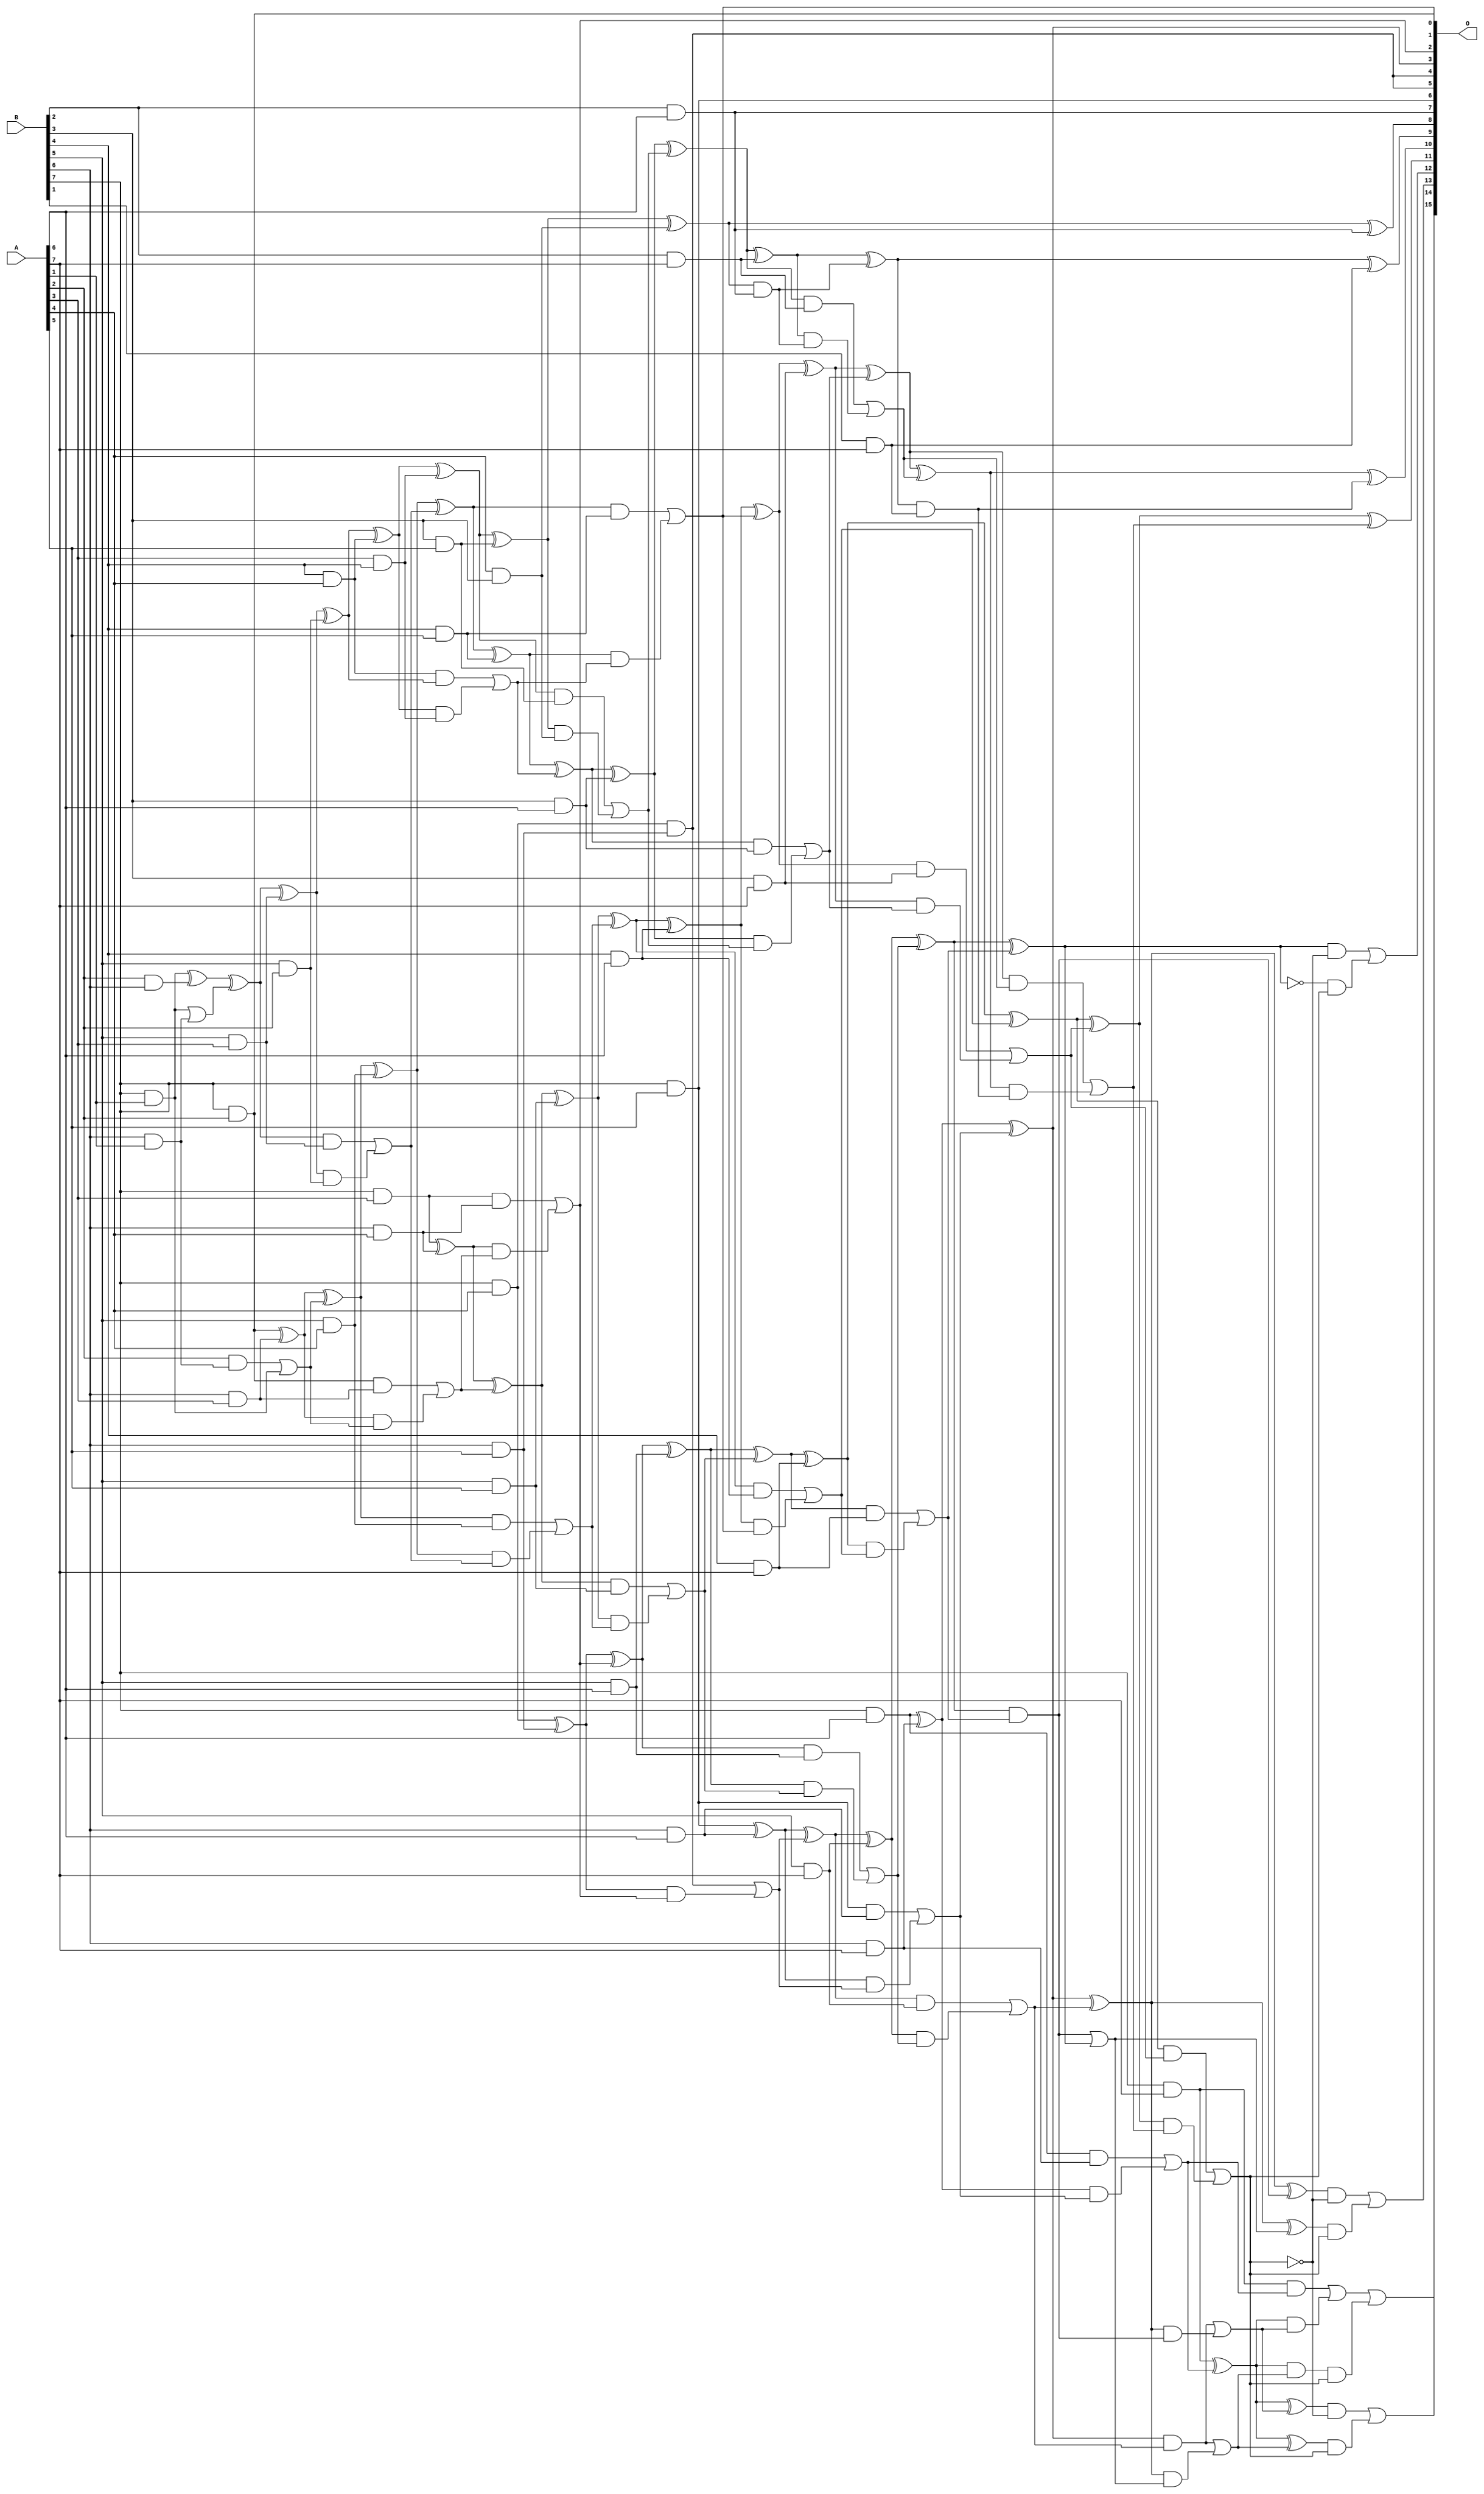
/***
* This code is a part of EvoApproxLib library (ehw.fit.vutbr.cz/approxlib) distributed under The MIT License.
* When used, please cite the following article(s): PRABAKARAN B. S., MRAZEK V., VASICEK Z., SEKANINA L., SHAFIQUE M. ApproxFPGAs: Embracing ASIC-based Approximate Arithmetic Components for FPGA-Based Systems. DAC 2020. 
***/
// MAE% = 0.22 %
// MAE = 147 
// WCE% = 0.94 %
// WCE = 614 
// WCRE% = 100.00 %
// EP% = 98.64 %
// MRE% = 4.98 %
// MSE = 33225 
// FPGA_POWER = 0.81
// FPGA_DELAY = 9.6
// FPGA_LUT = 42

module mul8u_18VP (
    A,
    B,
    O
);

input [7:0] A;
input [7:0] B;
output [15:0] O;

wire sig_23,sig_30,sig_42,sig_45,sig_51,sig_53,sig_82,sig_84,sig_85,sig_87,sig_88,sig_94,sig_95,sig_96,sig_118,sig_122,sig_123,sig_124,sig_125,sig_126;
wire sig_127,sig_128,sig_129,sig_130,sig_131,sig_135,sig_136,sig_137,sig_138,sig_139,sig_158,sig_160,sig_162,sig_163,sig_164,sig_165,sig_166,sig_167,sig_168,sig_169;
wire sig_170,sig_171,sig_172,sig_173,sig_174,sig_178,sig_179,sig_180,sig_181,sig_182,sig_198,sig_199,sig_200,sig_201,sig_202,sig_203,sig_204,sig_205,sig_206,sig_207;
wire sig_208,sig_209,sig_210,sig_211,sig_212,sig_213,sig_214,sig_215,sig_216,sig_217,sig_220,sig_221,sig_222,sig_223,sig_224,sig_225,sig_236,sig_237,sig_241,sig_242;
wire sig_243,sig_244,sig_245,sig_246,sig_247,sig_248,sig_249,sig_250,sig_251,sig_252,sig_253,sig_254,sig_255,sig_256,sig_257,sig_258,sig_259,sig_260,sig_263,sig_264;
wire sig_265,sig_266,sig_267,sig_268,sig_275,sig_279,sig_280,sig_281,sig_282,sig_283,sig_284,sig_285,sig_286,sig_287,sig_288,sig_289,sig_290,sig_291,sig_292,sig_293;
wire sig_294,sig_295,sig_296,sig_297,sig_298,sig_299,sig_300,sig_301,sig_302,sig_303,sig_306,sig_308,sig_311,sig_312,sig_313,sig_314,sig_315,sig_316,sig_317,sig_318;
wire sig_319,sig_320,sig_322,sig_323,sig_324,sig_325,sig_326,sig_327,sig_328,sig_329,sig_330,sig_331,sig_332,sig_333,sig_334,sig_335,sig_336,sig_339,sig_340,sig_341;
wire sig_344,sig_345,sig_348,sig_349,sig_350,sig_351,sig_352,sig_353,sig_354,sig_355,sig_356,sig_357,sig_358,sig_361,sig_362;

assign sig_23 = B[7] & A[1];
assign sig_30 = B[6] & A[1];
assign sig_42 = A[1] & B[7];
assign sig_45 = sig_23 | sig_30;
assign sig_51 = B[5] & A[2];
assign sig_53 = B[7] & A[2];
assign sig_82 = A[2] & B[6];
assign sig_84 = sig_42 ^ sig_82;
assign sig_85 = A[2] & sig_30;
assign sig_87 = sig_84 ^ sig_45;
assign sig_88 = sig_85 | sig_42;
assign sig_94 = B[5] & A[3];
assign sig_95 = B[6] & A[3];
assign sig_96 = B[7] & A[3];
assign sig_118 = A[3] & B[4];
assign sig_122 = sig_87 ^ sig_94;
assign sig_123 = sig_87 & sig_94;
assign sig_124 = sig_122 & sig_51;
assign sig_125 = sig_122 ^ sig_51;
assign sig_126 = sig_123 | sig_124;
assign sig_127 = sig_53 ^ sig_95;
assign sig_128 = sig_53 & sig_95;
assign sig_129 = sig_127 & sig_88;
assign sig_130 = sig_127 ^ sig_88;
assign sig_131 = sig_128 | sig_129;
assign sig_135 = A[4] & B[3];
assign sig_136 = B[4] & A[4];
assign sig_137 = B[5] & A[4];
assign sig_138 = B[6] & A[4];
assign sig_139 = B[7] & A[4];
assign sig_158 = sig_136 & sig_125;
assign sig_160 = sig_125 ^ sig_136;
assign sig_162 = sig_160 & sig_118;
assign sig_163 = sig_160 ^ sig_118;
assign sig_164 = sig_158 | sig_162;
assign sig_165 = sig_130 ^ sig_137;
assign sig_166 = sig_130 & sig_137;
assign sig_167 = sig_165 & sig_126;
assign sig_168 = sig_165 ^ sig_126;
assign sig_169 = sig_166 | sig_167;
assign sig_170 = sig_96 ^ sig_138;
assign sig_171 = sig_96 & sig_138;
assign sig_172 = sig_170 & sig_131;
assign sig_173 = sig_170 ^ sig_131;
assign sig_174 = sig_171 | sig_172;
assign sig_178 = B[3] & A[5];
assign sig_179 = B[4] & A[5];
assign sig_180 = B[5] & A[5];
assign sig_181 = B[6] & A[5];
assign sig_182 = B[7] & A[5];
assign sig_198 = sig_163 ^ sig_178;
assign sig_199 = sig_163 & sig_178;
assign sig_200 = sig_198 & sig_135;
assign sig_201 = sig_198 ^ sig_135;
assign sig_202 = sig_199 | sig_200;
assign sig_203 = sig_168 ^ sig_179;
assign sig_204 = sig_168 & sig_179;
assign sig_205 = sig_203 & sig_164;
assign sig_206 = sig_203 ^ sig_164;
assign sig_207 = sig_204 | sig_205;
assign sig_208 = sig_173 ^ sig_180;
assign sig_209 = sig_173 & sig_180;
assign sig_210 = sig_208 & sig_169;
assign sig_211 = sig_208 ^ sig_169;
assign sig_212 = sig_209 | sig_210;
assign sig_213 = sig_139 ^ sig_181;
assign sig_214 = sig_139 & sig_181;
assign sig_215 = sig_213 & sig_174;
assign sig_216 = sig_213 ^ sig_174;
assign sig_217 = sig_214 | sig_215;
assign sig_220 = B[2] & A[6];
assign sig_221 = B[3] & A[6];
assign sig_222 = B[4] & A[6];
assign sig_223 = B[5] & A[6];
assign sig_224 = B[6] & A[6];
assign sig_225 = B[7] & A[6];
assign sig_236 = sig_201 ^ sig_220;
assign sig_237 = sig_201 & sig_220;
assign sig_241 = sig_206 ^ sig_221;
assign sig_242 = sig_206 & sig_221;
assign sig_243 = sig_241 & sig_202;
assign sig_244 = sig_241 ^ sig_202;
assign sig_245 = sig_242 | sig_243;
assign sig_246 = sig_211 ^ sig_222;
assign sig_247 = sig_211 & sig_222;
assign sig_248 = sig_246 & sig_207;
assign sig_249 = sig_246 ^ sig_207;
assign sig_250 = sig_247 | sig_248;
assign sig_251 = sig_216 ^ sig_223;
assign sig_252 = sig_216 & sig_223;
assign sig_253 = sig_251 & sig_212;
assign sig_254 = sig_251 ^ sig_212;
assign sig_255 = sig_252 | sig_253;
assign sig_256 = sig_182 ^ sig_224;
assign sig_257 = sig_182 & sig_224;
assign sig_258 = sig_256 & sig_217;
assign sig_259 = sig_256 ^ sig_217;
assign sig_260 = sig_257 | sig_258;
assign sig_263 = B[2] & A[7];
assign sig_264 = B[3] & A[7];
assign sig_265 = B[4] & A[7];
assign sig_266 = B[5] & A[7];
assign sig_267 = B[6] & A[7];
assign sig_268 = B[7] & A[7];
assign sig_275 = B[1] & A[7];
assign sig_279 = sig_244 ^ sig_263;
assign sig_280 = sig_244 & sig_263;
assign sig_281 = sig_279 & sig_237;
assign sig_282 = sig_279 ^ sig_237;
assign sig_283 = sig_280 | sig_281;
assign sig_284 = sig_249 ^ sig_264;
assign sig_285 = sig_249 & sig_264;
assign sig_286 = sig_284 & sig_245;
assign sig_287 = sig_284 ^ sig_245;
assign sig_288 = sig_285 | sig_286;
assign sig_289 = sig_254 ^ sig_265;
assign sig_290 = sig_254 & sig_265;
assign sig_291 = sig_289 & sig_250;
assign sig_292 = sig_289 ^ sig_250;
assign sig_293 = sig_290 | sig_291;
assign sig_294 = sig_259 ^ sig_266;
assign sig_295 = sig_259 & sig_266;
assign sig_296 = sig_294 & sig_255;
assign sig_297 = sig_294 ^ sig_255;
assign sig_298 = sig_295 | sig_296;
assign sig_299 = sig_225 ^ sig_267;
assign sig_300 = sig_225 & sig_267;
assign sig_301 = sig_299 & sig_260;
assign sig_302 = sig_299 ^ sig_260;
assign sig_303 = sig_300 | sig_301;
assign sig_306 = sig_282 ^ sig_275;
assign sig_308 = sig_282 & sig_275;
assign sig_311 = sig_287 ^ sig_283;
assign sig_312 = sig_287 & sig_283;
assign sig_313 = sig_311 & sig_308;
assign sig_314 = sig_311 ^ sig_308;
assign sig_315 = sig_312 | sig_313;
assign sig_316 = sig_292 ^ sig_288;
assign sig_317 = sig_292 & sig_288;
assign sig_318 = sig_316 & sig_315;
assign sig_319 = sig_316 ^ sig_315;
assign sig_320 = sig_317 | sig_318;
assign sig_322 = sig_297 & sig_293;
assign sig_323 = sig_302 ^ sig_298;
assign sig_324 = sig_302 & sig_298;
assign sig_325 = sig_323 & sig_322;
assign sig_326 = sig_323 ^ sig_322;
assign sig_327 = sig_324 | sig_325;
assign sig_328 = sig_268 ^ sig_303;
assign sig_329 = sig_268 & sig_303;
assign sig_330 = sig_328 & sig_327;
assign sig_331 = sig_328 ^ sig_327;
assign sig_332 = sig_329 | sig_330;
assign sig_333 = sig_297 ^ sig_293;
assign sig_334 = ~sig_320;
assign sig_335 = ~sig_333;
assign sig_336 = sig_322 | sig_333;
assign sig_339 = sig_323 & sig_336;
assign sig_340 = sig_323 ^ sig_336;
assign sig_341 = sig_324 | sig_339;
assign sig_344 = sig_328 & sig_341;
assign sig_345 = sig_328 ^ sig_341;
assign sig_348 = sig_333 & sig_334;
assign sig_349 = sig_335 & sig_320;
assign sig_350 = sig_348 | sig_349;
assign sig_351 = ~sig_320;
assign sig_352 = sig_326 & sig_351;
assign sig_353 = sig_340 & sig_320;
assign sig_354 = sig_352 | sig_353;
assign sig_355 = ~sig_320;
assign sig_356 = sig_331 & sig_355;
assign sig_357 = sig_345 & sig_320;
assign sig_358 = sig_356 | sig_357;
assign sig_361 = sig_344 & sig_320;
assign sig_362 = sig_332 | sig_361;

assign O[15] = sig_362;
assign O[14] = sig_358;
assign O[13] = sig_354;
assign O[12] = sig_350;
assign O[11] = sig_319;
assign O[10] = sig_314;
assign O[9] = sig_306;
assign O[8] = sig_236;
assign O[7] = sig_220;
assign O[6] = sig_182;
assign O[5] = sig_214;
assign O[4] = sig_214;
assign O[3] = sig_302;
assign O[2] = sig_174;
assign O[1] = sig_53;
assign O[0] = sig_207;

endmodule